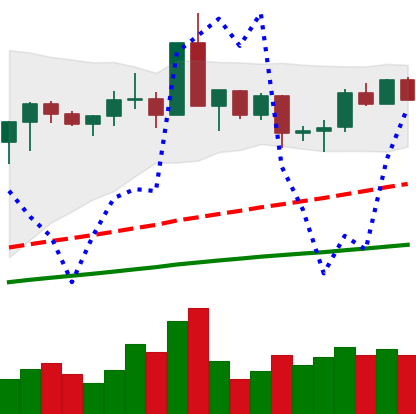
Ticker: XMR-USD
Chart end date: 2020-08-31
Forward return: -16.757%
Label: down_7plus